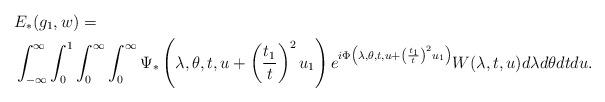
LaTeX: \begin{align*} &E_{*}(g_1, w)=\\&\int_{-\infty}^\infty \int_0^1 \int_0^\infty\int_0^\infty \Psi_*\left(\lambda, \theta, t, u + \left(\frac{t_1}{t} \right)^2 u_1\right)e^{i \Phi\left(\lambda, \theta, t, u + \left(\frac{t_1}{t} \right)^2 u_1\right)}W(\lambda, t, u) d\lambda d\theta dt du. \end{align*}